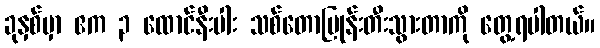
ခုနှစ်မှာ ဧက ၃ ထောင်နီးပါး သစ်တောပြုန်းတီးသွားတာကို တွေ့ရပါတယ်။